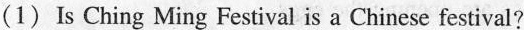
(1) Is Ching Ming Festival is a Chinese festival?